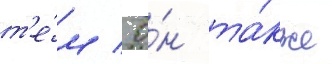
т'е́м / о́н та́кже